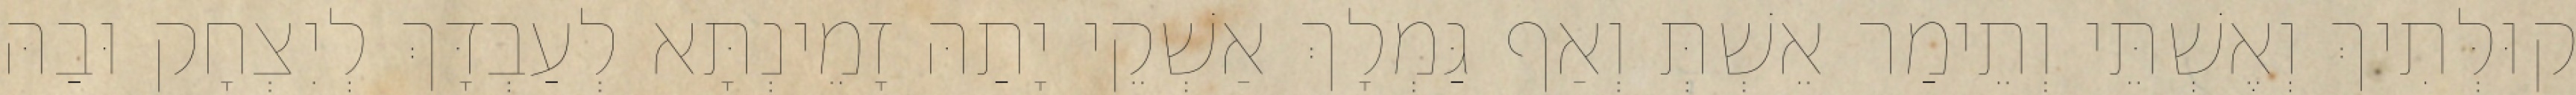
קוּלְּתִיךְ וְאֶשְׁתֵּי וְתֵימַר אֵשְׁתְּ וְאַף גַּמְלָךְ אַשְׁקֵי יָתַהּ זָמֵינְתָּא לְעַבְדָּךְ לְיִצְחָק וּבַהּ